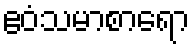
ဧဝံသမာစာရော